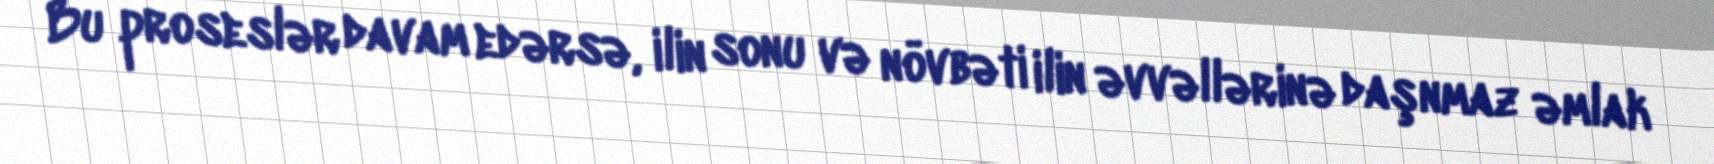
Bu proseslər davam edərsə, ilin sonu və növbəti ilin əvvəllərinə daşnmaz əmlak